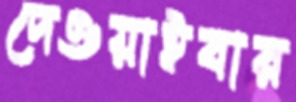
দেওয়াইবার